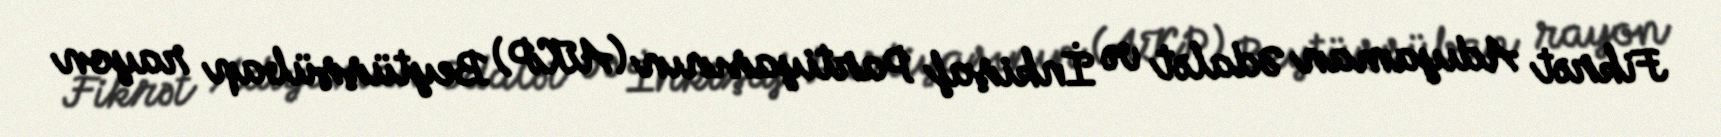
Fikrət Adıyaman Ədalət və İnkişaf Partiyasının (AKP) Beytüşşübap rayon